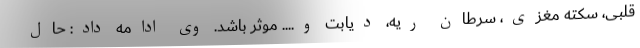
قلبی، سکته مغزی، سرطان ریه، دیابت و.... موثر باشد. وی ادامه داد: حال